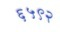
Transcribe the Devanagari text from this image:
६५९२